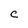
Character: c